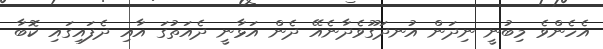
އެހެންވެ މިބުނީ ނިދަން އުނދަގޫވެދާނެއޭ ދެން އަޅާނީ ދެއަތުގަ އާއި ދެފައިގައި ކޮބާ